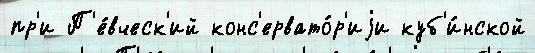
пр'и П'е́вческ'ий конс'ервато́р'иjи куб'и́нской